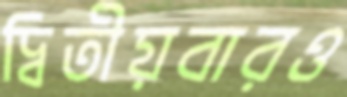
দ্বিতীয়বারও